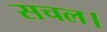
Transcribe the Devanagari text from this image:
सचल।